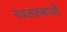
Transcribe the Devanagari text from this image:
नवलकथाओं